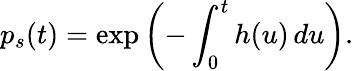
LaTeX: p_{s}(t)=\exp\left(-\int_{0}^{t}h(u)\, du\right).